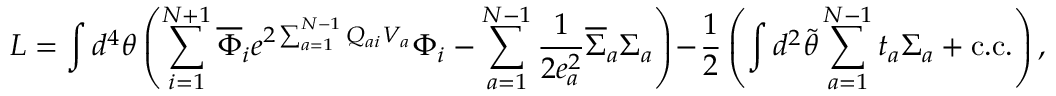
L = \int d ^ { 4 } \theta \left( \sum _ { i = 1 } ^ { N + 1 } \overline { { { \Phi } } } _ { i } e ^ { 2 \sum _ { a = 1 } ^ { N - 1 } Q _ { a i } V _ { a } } \Phi _ { i } - \sum _ { a = 1 } ^ { N - 1 } \frac { 1 } { 2 e _ { a } ^ { 2 } } \overline { { { \Sigma } } } _ { a } \Sigma _ { a } \right) - \frac { 1 } { 2 } \left( \int d ^ { 2 } \widetilde { \theta } \sum _ { a = 1 } ^ { N - 1 } t _ { a } \Sigma _ { a } + \mathrm { c . c . } \right) ,